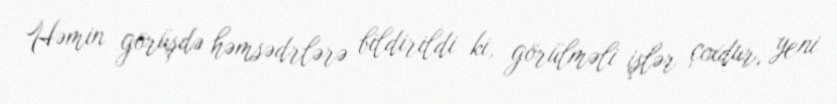
Həmin görüşdə həmsədrlərə bildirildi ki, görülməli işlər çoxdur, yeni